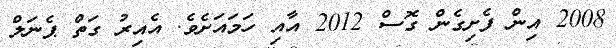
2008 އިން ފެށިގެން ގޮސް 2012 އާއި ހަމައަށެވެ. އެއިރު ގަތް ޕެނަލް